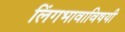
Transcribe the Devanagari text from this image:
लिंगभावाविषयी